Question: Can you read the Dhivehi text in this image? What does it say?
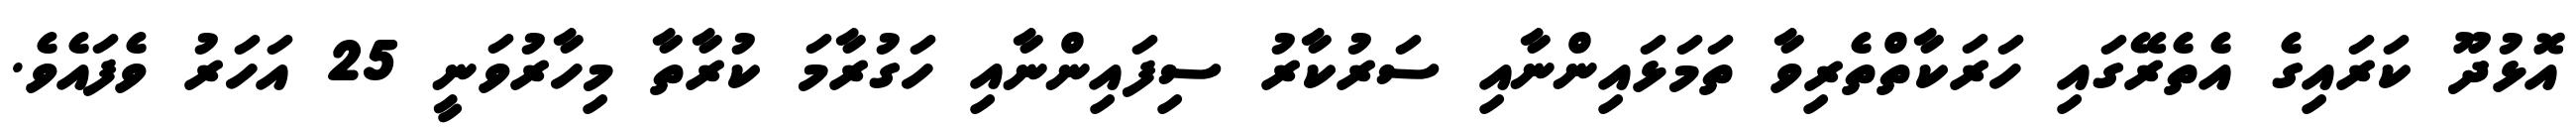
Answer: އޮޅުދޫ ކަރައިގެ އެތެރޭގައި ހަރަކާތްތެރިވާ ތަމަޅައިންނާއި ސަރުކާރު ސިފައިންނާއި ހަގުރާމަ ކުރާތާ މިހާރުވަނީ 25 އަހަރު ވެފައެވެ.